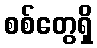
စစ်တွေရှိ